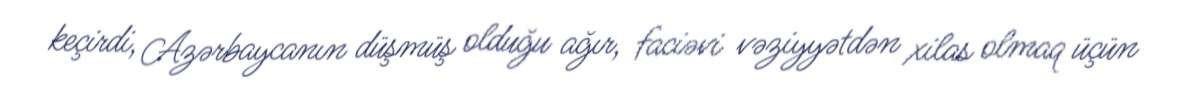
keçirdi, Azərbaycanın düşmüş olduğu ağır, faciəvi vəziyyətdən xilas olmaq üçün